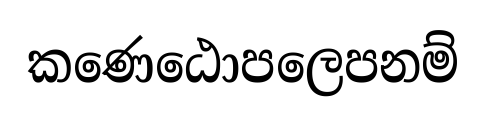
කණෙඨොපලෙපනම්